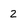
Character: 2